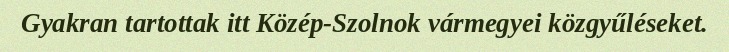
Gyakran tartottak itt Közép-Szolnok vármegyei közgyűléseket.